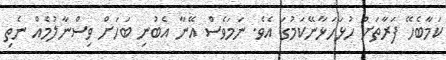
ކަމާބެހޭ ފަރާތަށް ހުޅަހަޅާނޭކަމުގަ އެވެ. ނަމަވެސް އޭނާ އެބުނި ބަހަށް ވިސްނާލުމެއް ނެތި